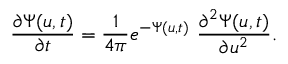
\frac { \partial \Psi ( u , t ) } { \partial t } = \frac { 1 } { 4 \pi } e ^ { - \Psi ( u , t ) } \ \frac { \partial ^ { 2 } \Psi ( u , t ) } { \partial u ^ { 2 } } .